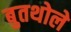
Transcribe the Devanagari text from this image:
बुतथोले